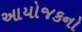
આયોજકનો